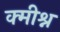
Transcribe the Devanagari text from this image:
क्मीश्न